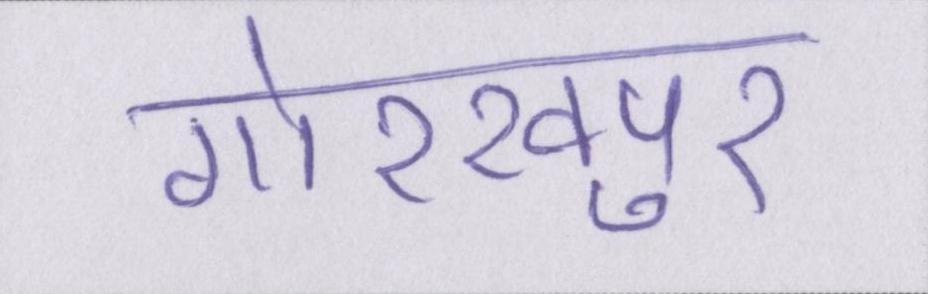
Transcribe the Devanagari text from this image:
गोरखपुर